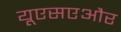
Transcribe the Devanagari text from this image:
यूएसएऔर